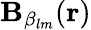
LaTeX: \mathbf{B}_{\beta_{lm}}(\mathbf{r})